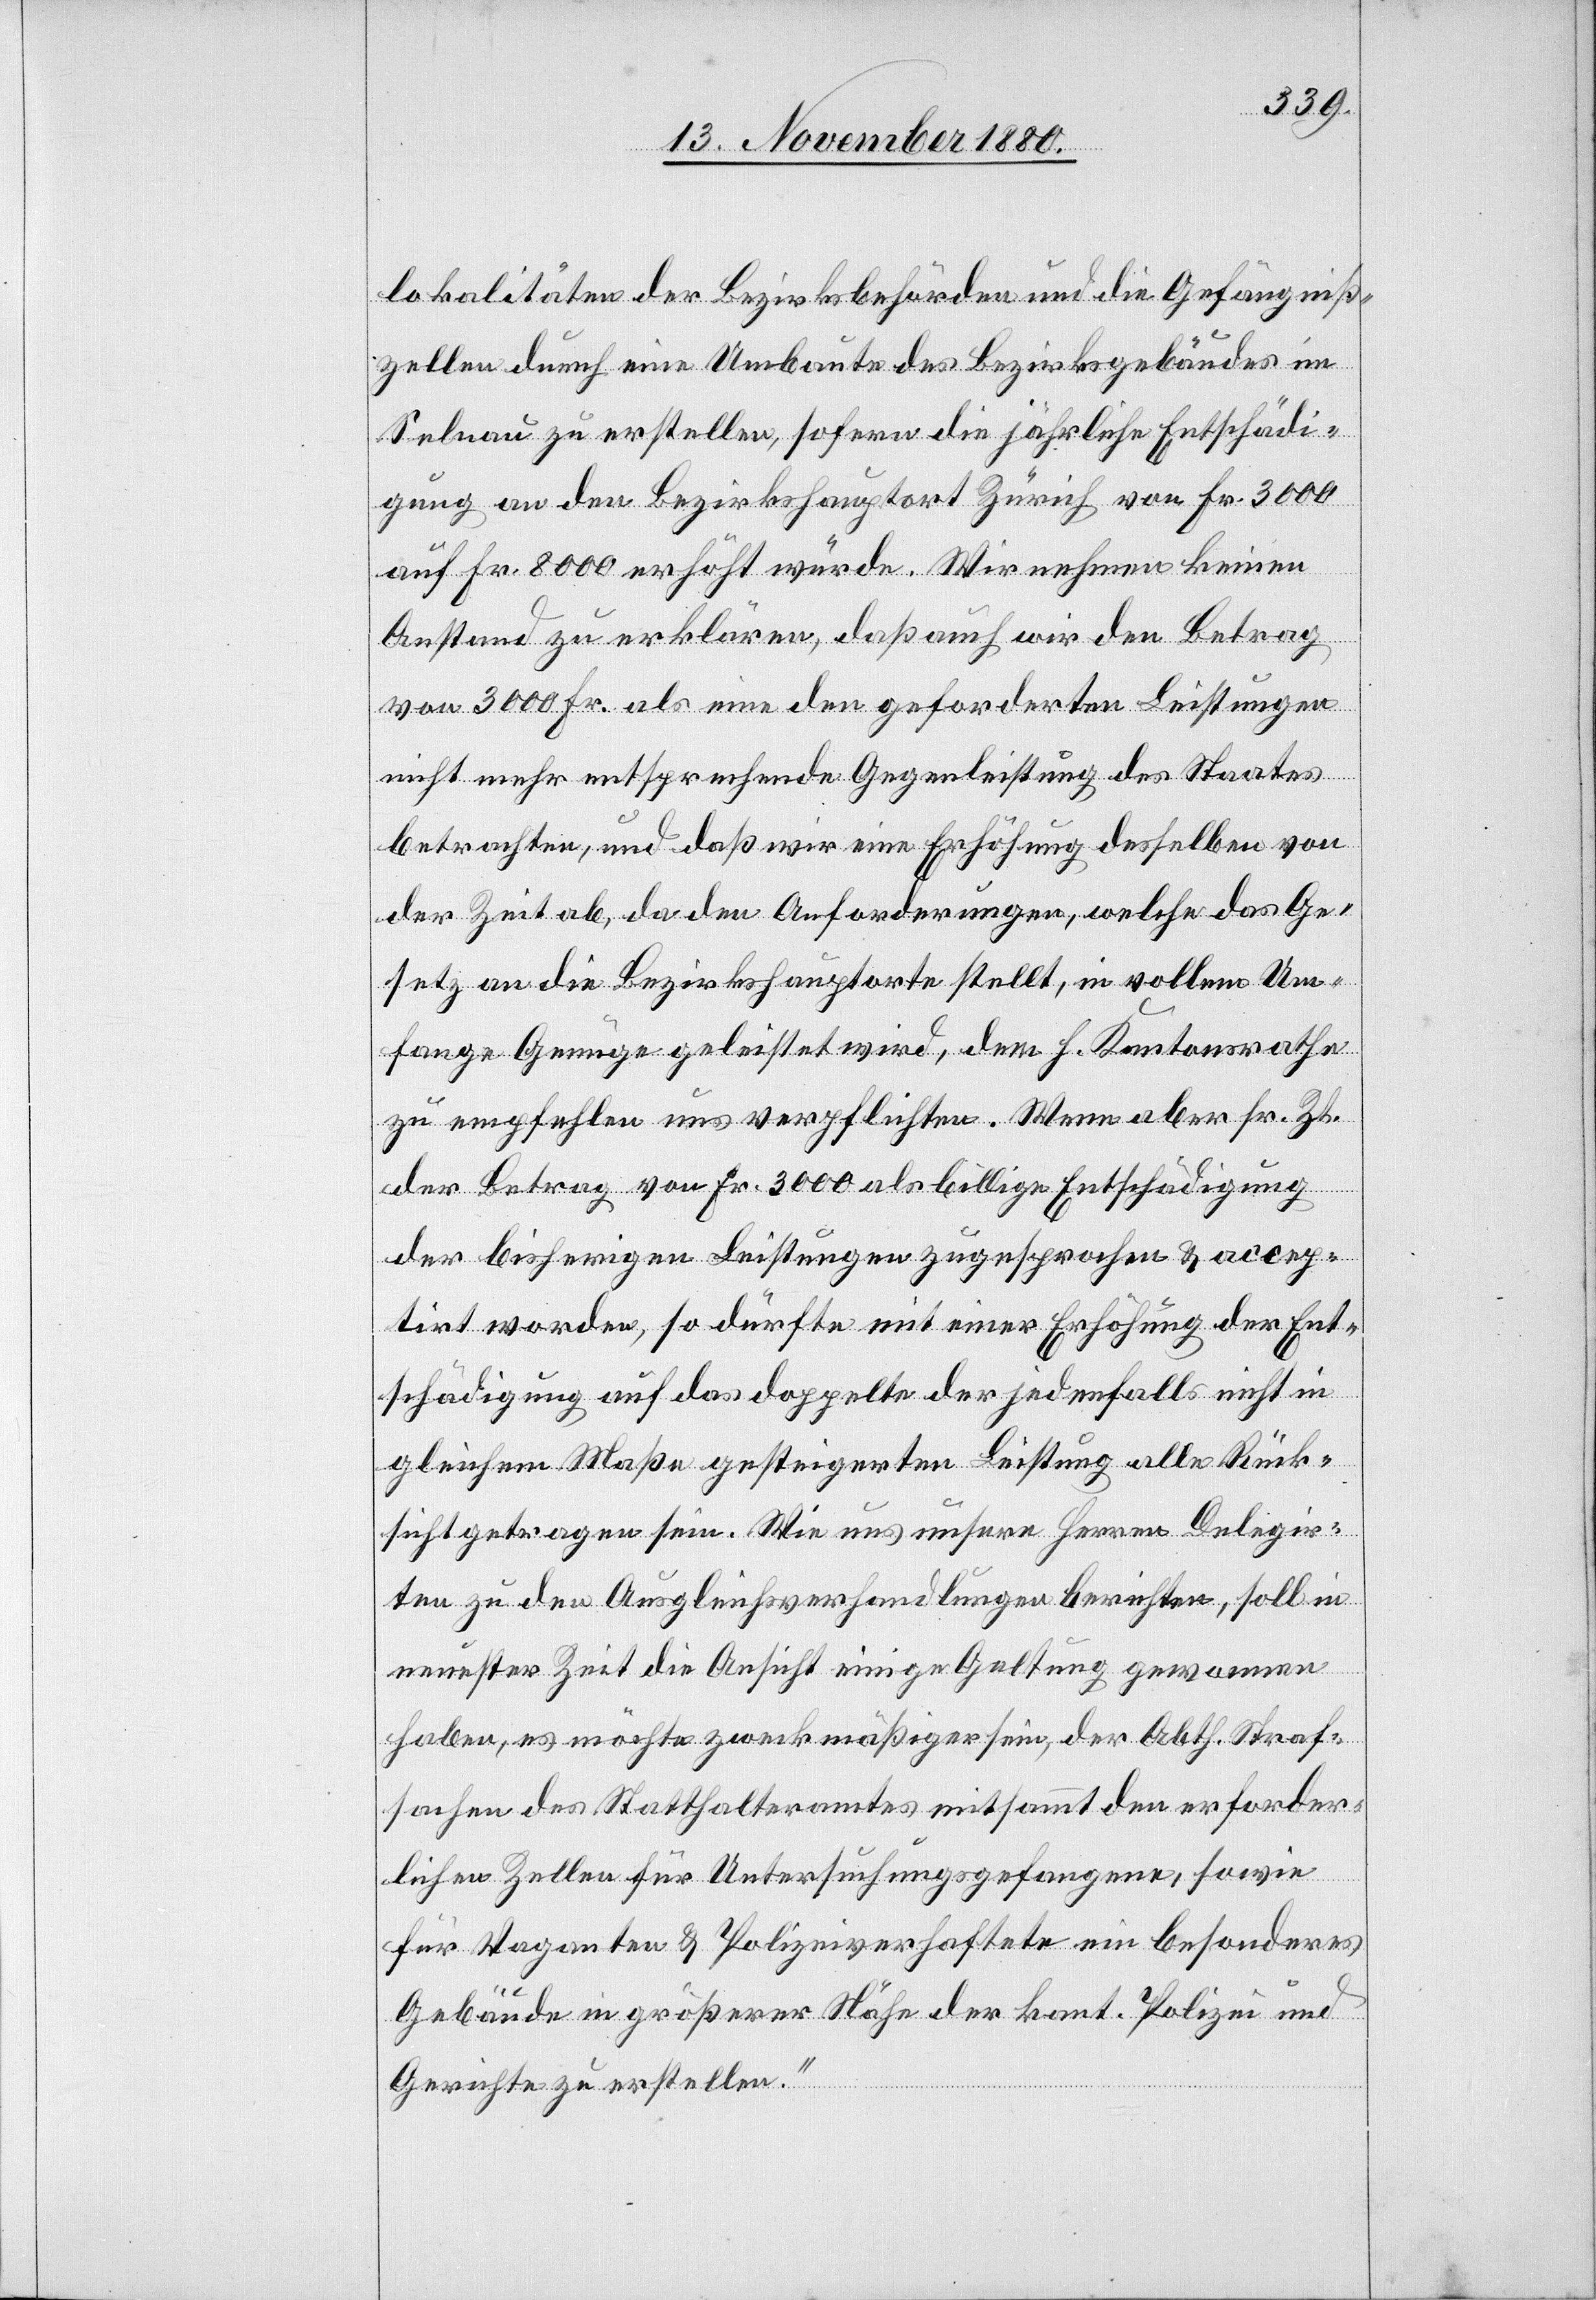
lokalitäten der Bezirksbehörden und die Gefängniß¬
zellen durch eine Umbaute des Bezirksgebäudes im
Selnau zu erstellen, sofern die jährliche Entschädi¬
gung an den Bezirkshauptort Zürich von Fr. 3000
Anstand zu erklären, daß auch wir den Beitrag
von 3000 Fr. als eine den geforderten Leistungen
nicht mehr entsprechende Gegenleistung des Staates
betrachten, und daß wir eine Erhöhung desselben von
der Zeit ab, da den Anforderungen, welche das Ge¬
setz an die Bezirkshauptorte stellt, in vollem Um¬
fange Genüge geleistet wird, dem h. Kantonsrathe
zu empfehlen uns verpflichten. Wenn aber sr. Zt.
der Betrag von Fr. 3000 als billige Entschädigung
der bisherigen Leistungen zugesprochen & accep¬
trirt worden, so dürfte mit einer Erhöhung der Ent¬
schädigung auf das doppelte der jedenfalls nicht in
gleichem Maße gesteigerten Leistung alle Rück¬
sicht getragen sein. Wie uns unsere Herren Delegir¬
ten zu den Ausgleichverhandlungen berichten, soll in
neuester Zeit die Ansicht einige Geltung gewonnen
haben, es möchte zweckmäßiger sein, der Abth. Straf¬
sachen des Statthalteramtes mitsammt den erforder¬
lichen Zellen für Untersuchungsgefangene, sowie
für Vaganten & Polizeiverhaftete ein besonderes
Gebäude in größerer Nähe der kant. Polizei und
Gerichte zu erstellen.